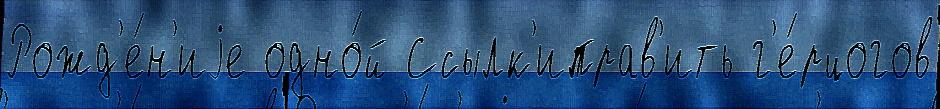
Рожд'е́н'иjе одно́й Ссылк'иправ'ить г'е́рцогов